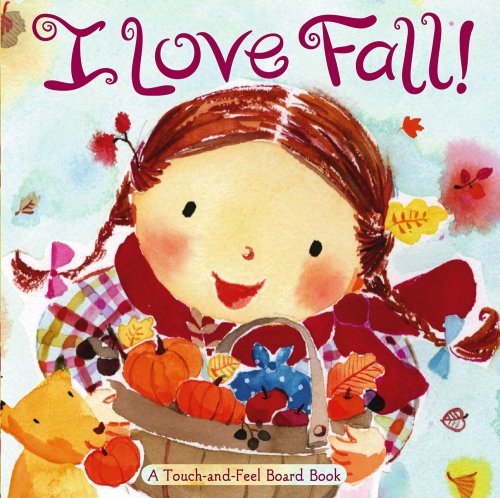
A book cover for I Love Fall!: A Touch-and-Feel Board Book; Alison Inches; Children's Books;